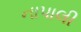
નાપાલી